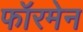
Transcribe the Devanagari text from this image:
फॉरमेन